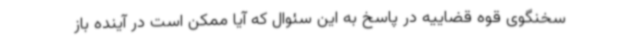
سخنگوی قوه قضاییه در پاسخ به این سئوال که آیا ممکن است در آینده باز